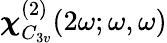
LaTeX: \boldsymbol\chi_{C_{3v}}^{(2)}(2\omega;\omega,\omega)